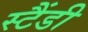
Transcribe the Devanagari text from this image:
स्टैंडी